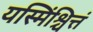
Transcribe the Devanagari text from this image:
यस्मिंश्चित्तं